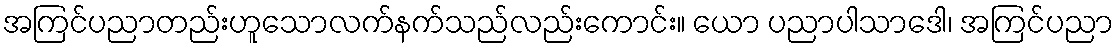
အကြင်ပညာတည်းဟူသောလက်နက်သည်လည်းကောင်း။ ယော ပညာပါသာဒေါ၊ အကြင်ပညာ